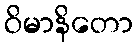
ဝိမာနိတော